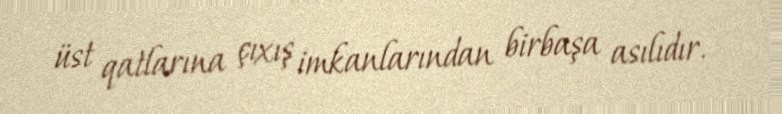
üst qatlarına çıxış imkanlarından birbaşa asılıdır.